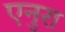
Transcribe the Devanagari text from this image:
एनुरा